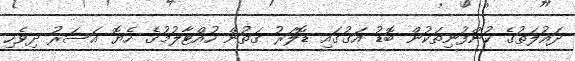
ދައުލަތުގެ ކުންފުނިތަކުން ބޮޑު އަގުގައި ޑޮލަރު ގަތުން ހުއްޓާލުމުގެ ހެޔޮ އަސަރު ދިވެހި